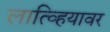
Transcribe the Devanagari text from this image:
लात्व्हियावर